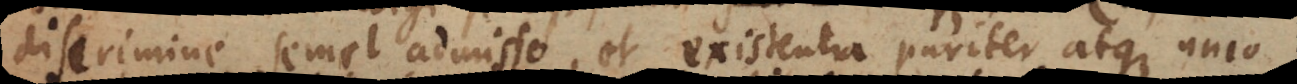
discrimine semel admisso, et existentia pariter atque unio